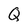
Character: Q